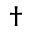
^ \dag